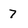
Character: 7